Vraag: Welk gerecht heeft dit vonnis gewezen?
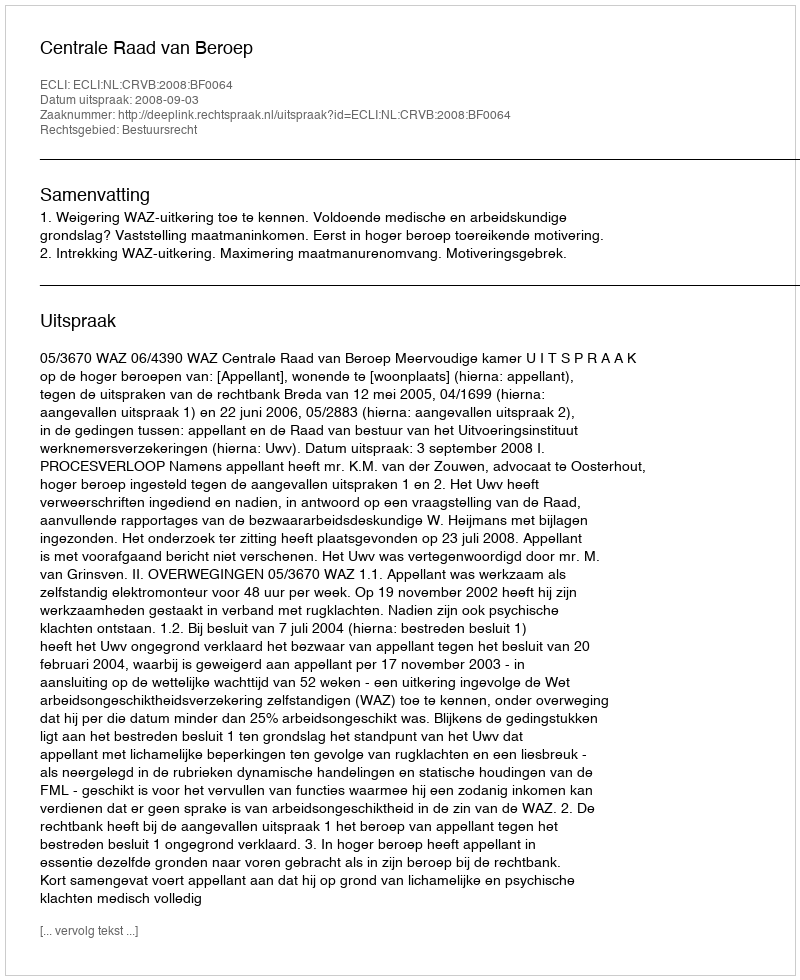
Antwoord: Centrale Raad van Beroep